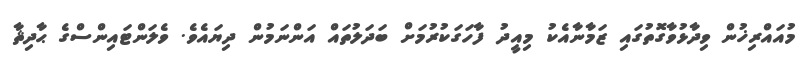
މުއައްރިޚުން ވިދާޅުވާގޮތުގައި ޒަމާނާއެކު މިއީދު ފާހަގަކުރުމަށް ބަދަލުތައް އަންނަމުން ދިޔައެވެ. ވެލަންޓައިންސްގެ ޙާދިޘާ